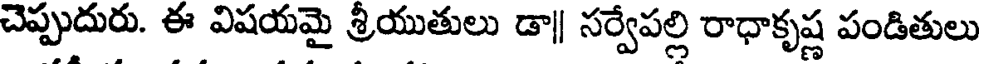
చెప్పుదురు. ఈ విషయమై శ్రీయుతులు డా|| సర్వేపల్లి రాధాకృష్ణ పండితులు